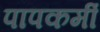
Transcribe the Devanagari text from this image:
पापकर्मी